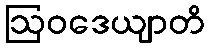
ဩဝဒေယျာတိ